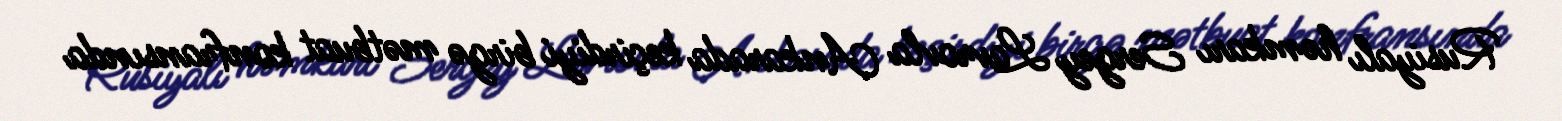
Rusiyalı həmkarı Sergey Lavrovla Ankarada keçirdiyi birgə mətbuat konfransında